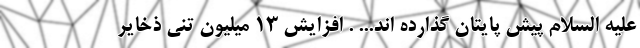
علیه السلام پیش پایتان گذارده اند... . افزایش ۱۳ میلیون تنی ذخایر